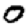
Digit: 0